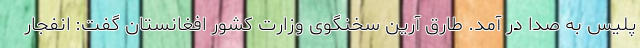
پلیس به صدا در آمد. طارق آرین سخنگوی وزارت کشور افغانستان گفت: انفجار